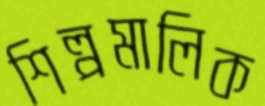
শিল্পমালিক